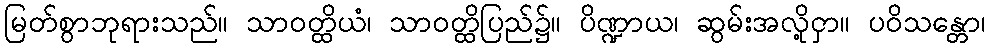
မြတ်စွာဘုရားသည်။ သာဝတ္ထိယံ၊ သာဝတ္ထိပြည်၌။ ပိဏ္ဍာယ၊ ဆွမ်းအလို့ငှာ။ ပဝိသန္တော၊